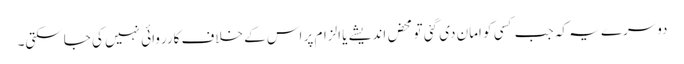
دوسرے یہ کہ جب کسی کو امان دی گئی تو محض اندیشے یا الزام پر اس کے خلاف کارروائی نہیں کی جاسکتی۔